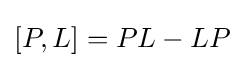
[P,L]=PL-LP